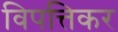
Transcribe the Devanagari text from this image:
विपत्तिकर